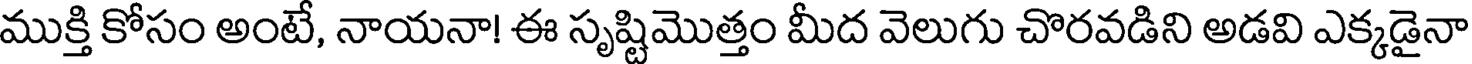
ముక్తి కోసం అంటే, నాయనా! ఈ సృష్టిమొత్తం మీద వెలుగు చొరవడిని అడవి ఎక్కడైనా